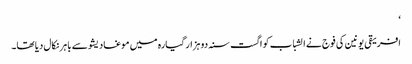
‘
افریقی یونین کی فوج نے الشباب کو اگست سنہ دو ہزار گیارہ میں موغادیشو سے باہر نکال دیا تھا۔